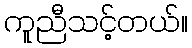
ကူညီသင့်တယ်။